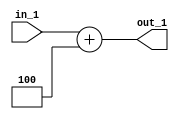
`timescale 1ns / 1ps
//////////////////////////////////////////////////////////////////////////////////
// Aryan Mehrotra
// 
// Module Name: PC_Adder1
// Description: Adds 4 to the program counter
// Project Name: Final Project
//////////////////////////////////////////////////////////////////////////////////


module PC_Adder1(in_1, out_1);
    input[63:0] in_1;
    output[63:0] out_1; 
    
    assign out_1 = in_1 + 64'h0000000000000004;
endmodule